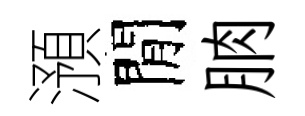
澦閒朒